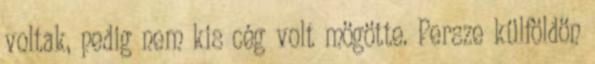
voltak, pedig nem kis cég volt mögötte. Persze külföldön